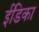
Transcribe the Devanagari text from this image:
ईंडिका